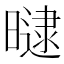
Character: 曃